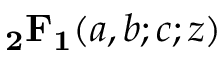
\, \mathbf { _ { 2 } F _ { 1 } } ( a , b ; c ; z )